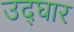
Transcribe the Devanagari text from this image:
उद्घार